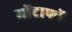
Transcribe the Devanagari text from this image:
मोंटाफों